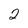
Character: 2